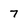
Character: 7